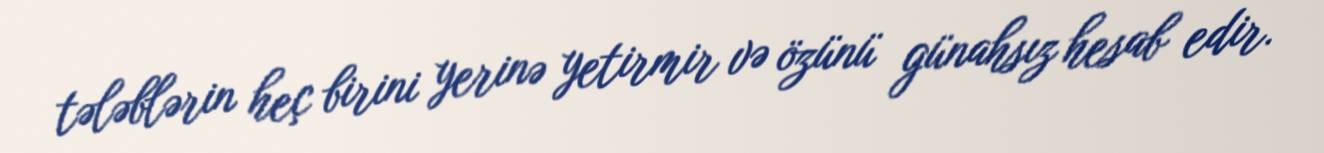
tələblərin heç birini yerinə yetirmir və özünü günahsız hesab edir.